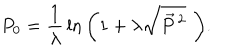
LaTeX: P _ { 0 } = { \frac { 1 } { \lambda } } \ln { \left( 1 + \lambda \sqrt { { \vec { P } } \, ^ { 2 } } \, \, \right) } .